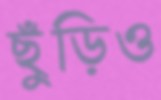
ছুঁড়িও